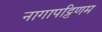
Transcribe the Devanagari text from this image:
नागापट्टिणम